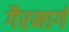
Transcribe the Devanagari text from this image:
गैरमार्ग